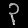
Digit: ၃